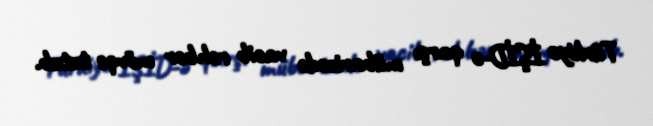
Türkiyə İŞİD-ə qarşı mübarizədə vacib rəhbər mövqe tutub.